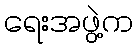
ရေးအဖွဲ့က